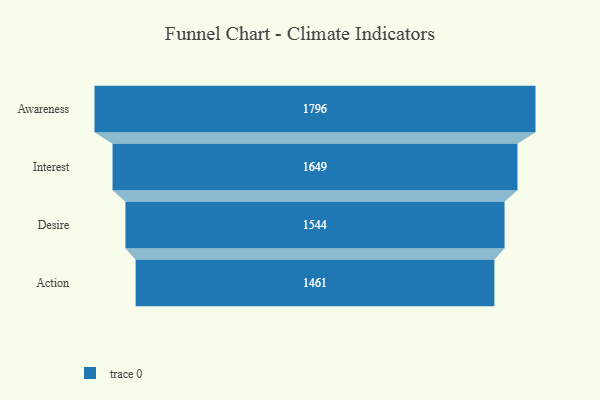
{"axis": {"x": "Stage", "y": "Value"}, "legend": [""], "data": [{"x": "Awareness", "y": 1796.0, "type": ""}, {"x": "Interest", "y": 1649.0, "type": ""}, {"x": "Desire", "y": 1544.0, "type": ""}, {"x": "Action", "y": 1461.0, "type": ""}]}